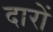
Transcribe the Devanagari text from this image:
दारों